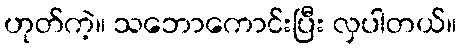
ဟုတ်ကဲ့။ သဘောကောင်းပြီး လှပါတယ်။